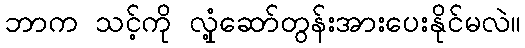
ဘာက သင့်ကို လှုံ့ဆော်တွန်းအားပေးနိုင်မလဲ။